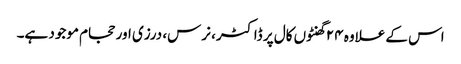
اس کے علاوہ ۲۴ گھنٹوں کال پر ڈاکٹر، نرس، درزی اور حجام موجود ہے۔